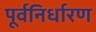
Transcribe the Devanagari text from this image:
पूर्वनिर्धारण